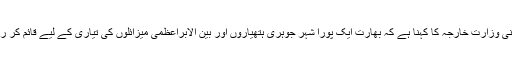
پاکستانی وزارت خارجہ کا کہنا ہے کہ بھارت ایک پورا شہر جوہری ہتھیاروں اور بین الابراعظمی میزائلوں کی تیاری کے لیے قائم کر رہا ہے۔